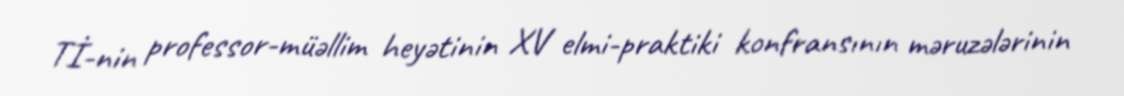
Tİ-nin professor-müəllim heyətinin XV elmi-praktiki konfransının məruzələrinin